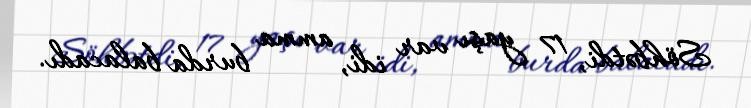
Söhbətdi, 17 yaşı var idi, amma burda balacadı.